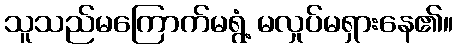
သူသည်မကြောက်မရွံ့ မလှုပ်မရှားနေ၏။